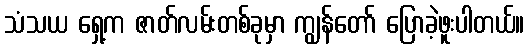
သံသယ ရှေ့က ဇာတ်လမ်းတစ်ခုမှာ ကျွန်တော် ပြောခဲ့ဖူးပါတယ်။